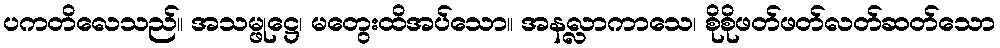
ပကတိလေသည်။ အသမ္ဖုဋ္ဌေ၊ မတွေးထိအပ်သော။ အနလ္လာကာသေ၊ စိုစိုဖတ်ဖတ်လတ်ဆတ်သော